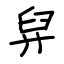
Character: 舁